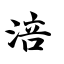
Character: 涪